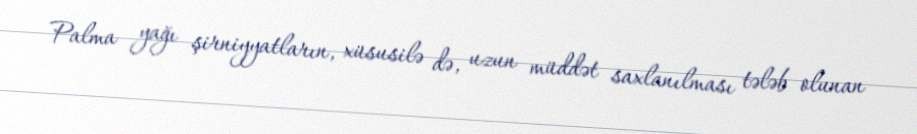
Palma yağı şirniyyatların, xüsusilə də, uzun müddət saxlanılması tələb olunan